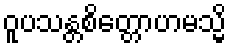
ဝူပသန္တစိတ္တောဟမသ္မိ